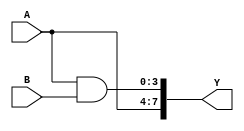
module vector_continuous_assignment (
    input wire [3:0] A,      // 4-bit input vector A
    input wire [3:0] B,      // 4-bit input vector B
    output wire [7:0] Y      // 8-bit output vector Y
);

// Continuous assignment of Y
// Assign Y as a concatenation of A and the bitwise AND of A and B
assign Y = {A, (A & B)};

endmodule